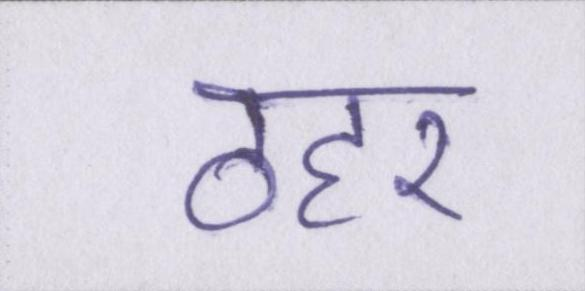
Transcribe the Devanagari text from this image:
ठहर